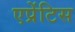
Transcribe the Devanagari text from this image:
एप्रेंटिस